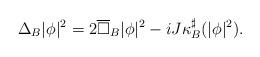
LaTeX: \begin{align*}\Delta_B |\phi|^2 = 2\overline\square_B |\phi|^2 -i J\kappa_B^\sharp(|\phi|^2).\end{align*}